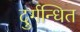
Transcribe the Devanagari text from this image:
दुर्गन्धित